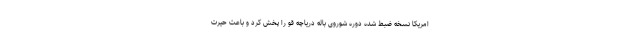
امریکا نسخه ضبط شده دوره شوروی باله دریاچه قو را پخش کرد و باعث حیرت